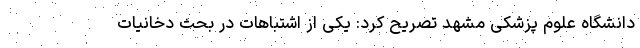
دانشگاه علوم پزشکی مشهد تصریح کرد: یکی از اشتباهات در بحث دخانیات